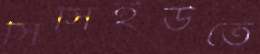
সিসিইউতে